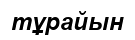
тұрайын